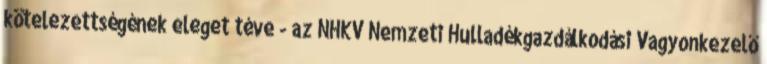
kötelezettségének eleget téve - az NHKV Nemzeti Hulladékgazdálkodási Vagyonkezelő